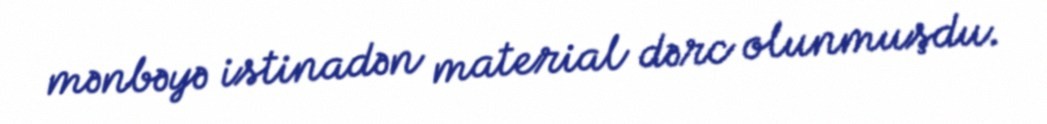
mənbəyə istinadən material dərc olunmuşdu.